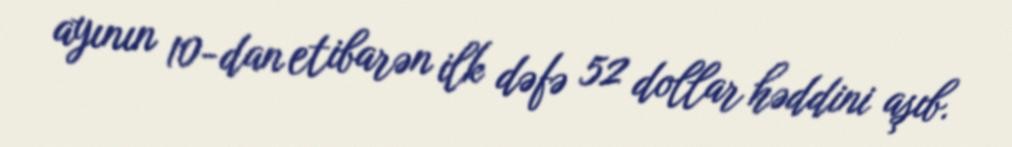
ayının 10-dan etibarən ilk dəfə 52 dollar həddini aşıb.